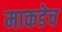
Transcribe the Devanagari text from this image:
माकडेच